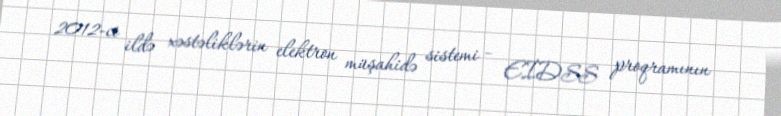
2012-ci ildə xəstəliklərin elektron müşahidə sistemi – EİDSS proqramının